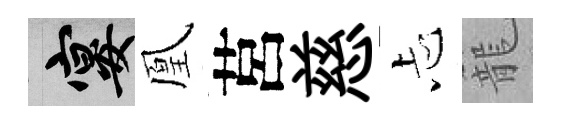
宴凰莒慈忐籠